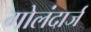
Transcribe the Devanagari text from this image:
गोलंदार्ज